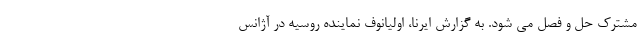
مشترک حل و فصل می شود. به گزارش ایرنا، اولیانوف نماینده روسیه در آژانس